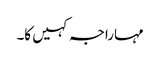
مہاراجہ کہیں کا۔